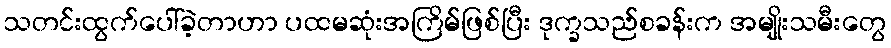
သတင်းထွက်ပေါ်ခဲ့တာဟာ ပထမဆုံးအကြိမ်ဖြစ်ပြီး ဒုက္ခသည်စခန်းက အမျိုးသမီးတွေ